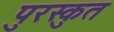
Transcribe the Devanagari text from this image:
पुरस्कुत